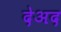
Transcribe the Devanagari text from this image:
देअद